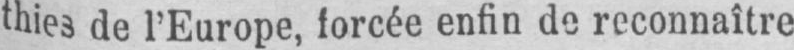
thies de l’Europe, forcée enfin de reconnaître